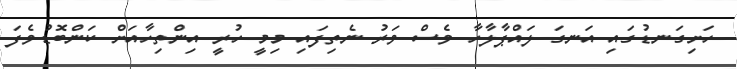
ހަށިގަނޑުގައި އަނގަ ލައްޕާލާހާ ވެސް ވަރު ނެތިފައި މިމީ ހުރީ އިންތިހާއަށް ކަންބޮޑުވެފަ